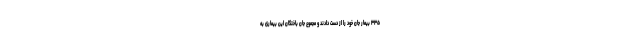
۳۳۵ بیمار جان خود را از دست دادند و مجموع جان باختگان این بیماری به